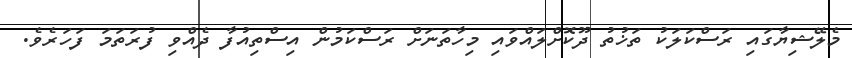
މެލޭޝިޔާގައި ރަސްކަލަކު ތަޚުތު ދޫކޮށްލައްވައި މިހާތަނަށް ރަސްކަމުން އިސްތިއުފާ ދެއްވި ފުރަތަމަ ފަހަރެވެ.